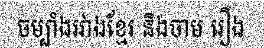
ចម្បាំងរវាងខ្មែរ និងចាម រឿង